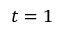
t = 1